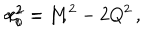
LaTeX: \alpha _ { i } ^ { 2 } = 1 \, , \hspace { 1 c m } r _ { 0 } ^ { 2 } = M ^ { 2 } - 2 Q ^ { 2 } \, ,